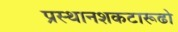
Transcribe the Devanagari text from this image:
प्रस्थानशकटारूढो